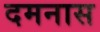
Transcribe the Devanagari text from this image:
दमनास